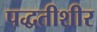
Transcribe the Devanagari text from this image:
पद्धतीशीर